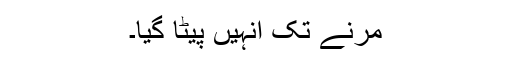
مرنے تک انہیں پیٹا گیا۔